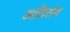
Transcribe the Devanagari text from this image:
अतितंग